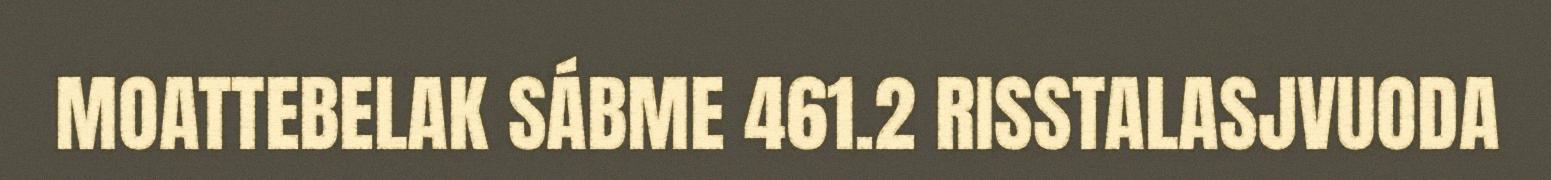
MOATTEBELAK SÁBME 461.2 RISSTALASJVUODA